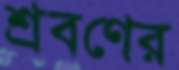
শ্রবণের